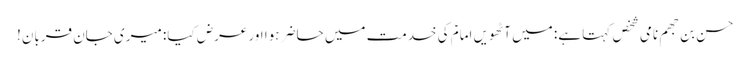
حسن بن جھم نامی شخص کہتا ہے: میں آٹھویں امامؑ کی خدمت میں حاضر ہوا اور عرض کیا: میری جان قربان!